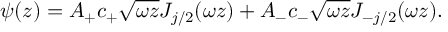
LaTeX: \psi ( z ) = A _ { + } c _ { + } \sqrt { \omega z } J _ { j / 2 } ( \omega z ) + A _ { - } c _ { - } \sqrt { \omega z } J _ { - j / 2 } ( \omega z ) .